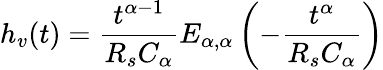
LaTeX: h_{v}(t)=\frac{t^{\alpha-1}}{R_{s}C_{\alpha}}E_{\alpha,\alpha}\left(-\frac{t^{\alpha}}{R_{s}C_{\alpha}}\right)